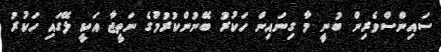
ސައިންސްވެރިން ބުނީ މާ ގިނައިން ހަކުރު ބޭނުންކުރުމުގެ ނަތީޖާ އަކީ ލޭގައި ހަކުރު